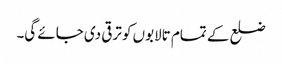
ضلع کے تمام تالابوں کو ترقی دی جائے گی۔